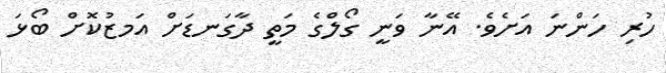
ހުރި ހަންނަ އަށެވެ. އޭނާ ވަނީ ގޯލްގެ މަތީ ދާގަނޑަށް އަމޒުކޮށް ބޯޅަ